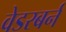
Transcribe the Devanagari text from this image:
वेडरबर्न